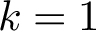
k = 1